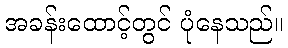
အခန်းထောင့်တွင် ပုံနေသည်။